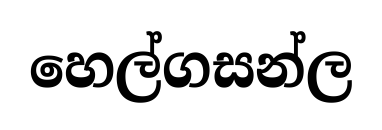
හෙල්ගසන්ල